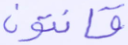
قانتون